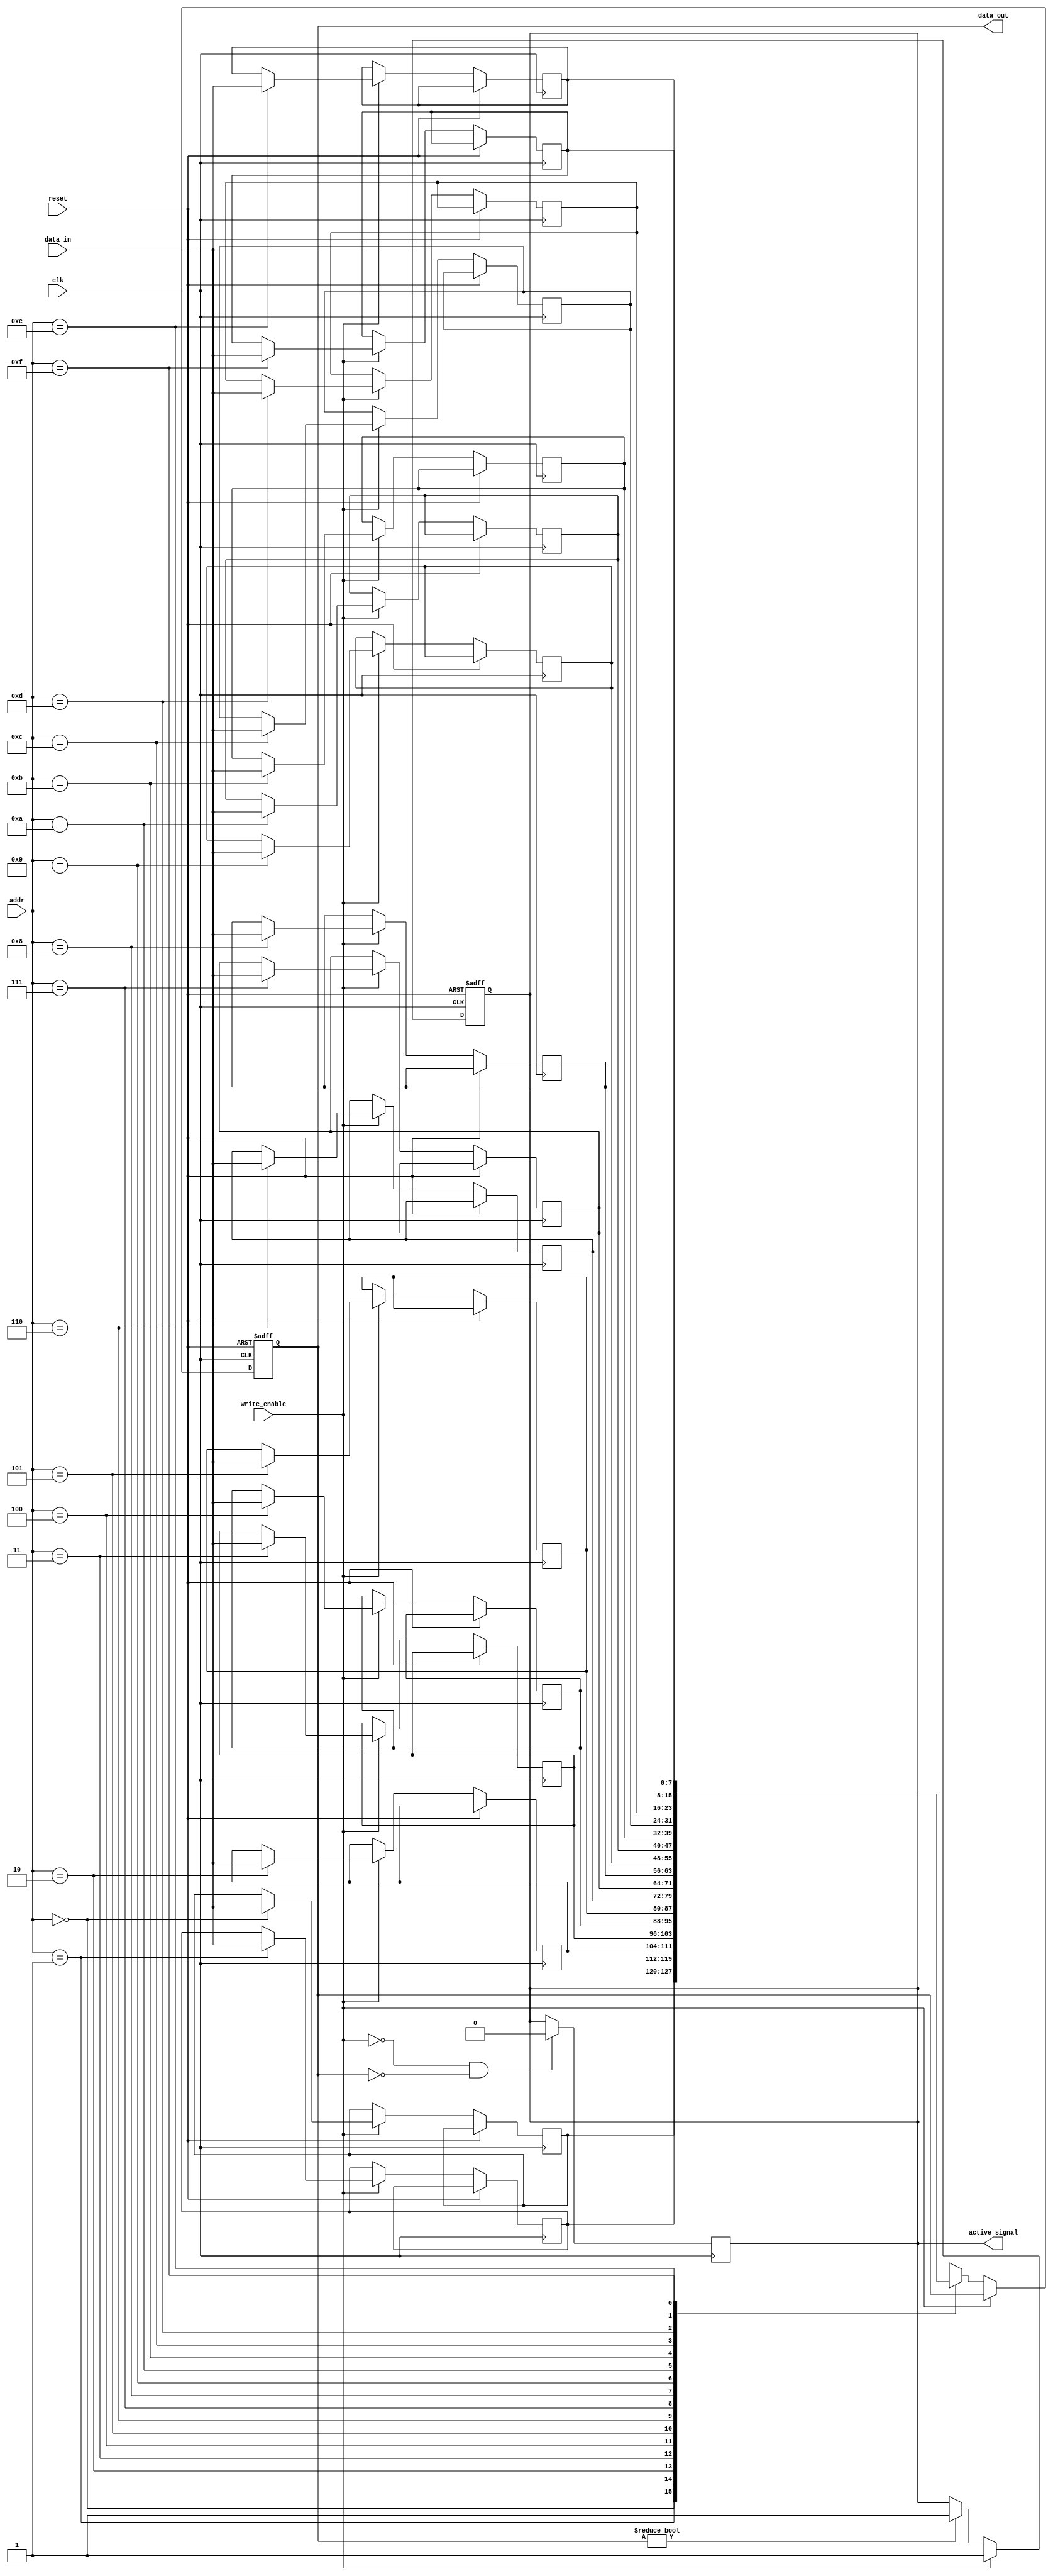
module MemoryBlock #(
    parameter DATA_WIDTH = 8,
    parameter ADDR_WIDTH = 4
)(
    input wire clk,             // Global clock
    input wire reset,           // Reset signal
    input wire write_enable,    // Write enable signal
    input wire [ADDR_WIDTH-1:0] addr, // Address input
    input wire [DATA_WIDTH-1:0] data_in, // Data input
    output reg [DATA_WIDTH-1:0] data_out, // Data output
    output reg active_signal     // Activity signal
);

    reg [DATA_WIDTH-1:0] memory [0:(1 << ADDR_WIDTH)-1]; // Memory array

    // Monitor read and write activity
    always @(posedge clk or posedge reset) begin
        if (reset) begin
            active_signal <= 1'b0;
            data_out <= {DATA_WIDTH{1'b0}}; // Initialize output to zero
        end else begin
            if (write_enable) begin
                memory[addr] <= data_in; // Write data to memory
                active_signal <= 1'b1; // Set active signal on write
            end else begin
                data_out <= memory[addr]; // Read data from memory
                if (data_out != {DATA_WIDTH{1'b0}}) // Consider read activity
                    active_signal <= 1'b1;
            end
        end
    end

    // Reset active signal after some time if no activity
    always @(posedge clk) begin
        if (!write_enable && data_out == {DATA_WIDTH{1'b0}}) begin
            active_signal <= 1'b0; // Reset active signal if idle
        end
    end

endmodule